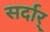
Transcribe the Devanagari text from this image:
सर्दार्